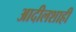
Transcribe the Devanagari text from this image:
आदीलशाही